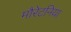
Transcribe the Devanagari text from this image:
मौरेटनिया